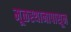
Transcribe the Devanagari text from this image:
मूळस्थानापासून